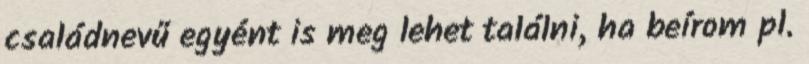
családnevű egyént is meg lehet találni, ha beírom pl.